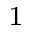
^ { 1 }